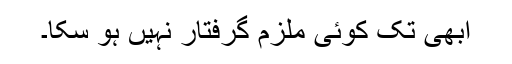
ابھی تک کوئی ملزم گرفتار نہیں ہو سکا۔